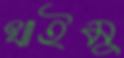
খাইমু